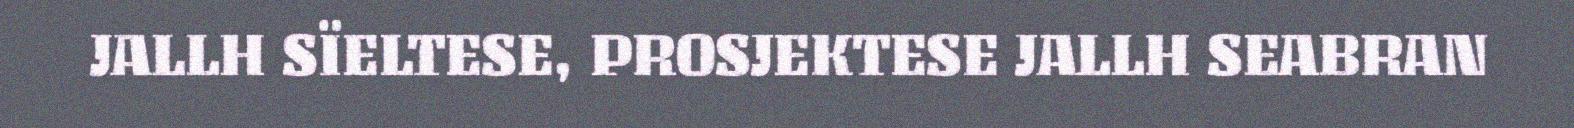
JALLH SÏELTESE, PROSJEKTESE JALLH SEABRAN